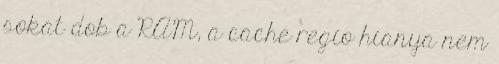
sokat dob a RAM, a cache regio hianya nem